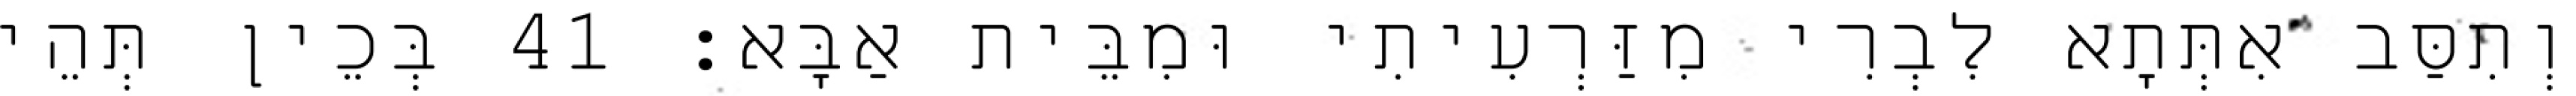
וְתִסַּב אִתְּתָא לִבְרִי מִזַּרְעִיתִי וּמִבֵּית אַבָּא׃ 41 בְּכֵין תְּהֵי